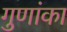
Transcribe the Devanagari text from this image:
गुणांका